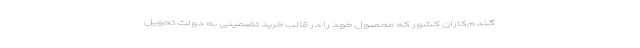
گندم‌کاران کشور که محصول خود را در قالب خرید تضمینی به دولت تحویل